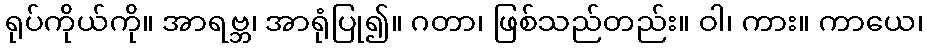
ရုပ်ကိုယ်ကို။ အာရဗ္ဘ၊ အာရုံပြု၍။ ဂတာ၊ ဖြစ်သည်တည်း။ ဝါ၊ ကား။ ကာယေ၊